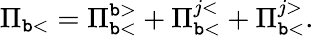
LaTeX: \Pi_{\mathtt{b}<}=\Pi_{\mathtt{b}<}^{\mathtt{b}>}+\Pi_{\mathtt{b}<}^{j<}+\Pi_{\mathtt{b}<}^{j>}.